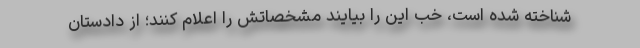
شناخته شده است، خُب این را بیایند مشخصاتش را اعلام کنند؛ از دادستان